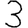
Digit: 3